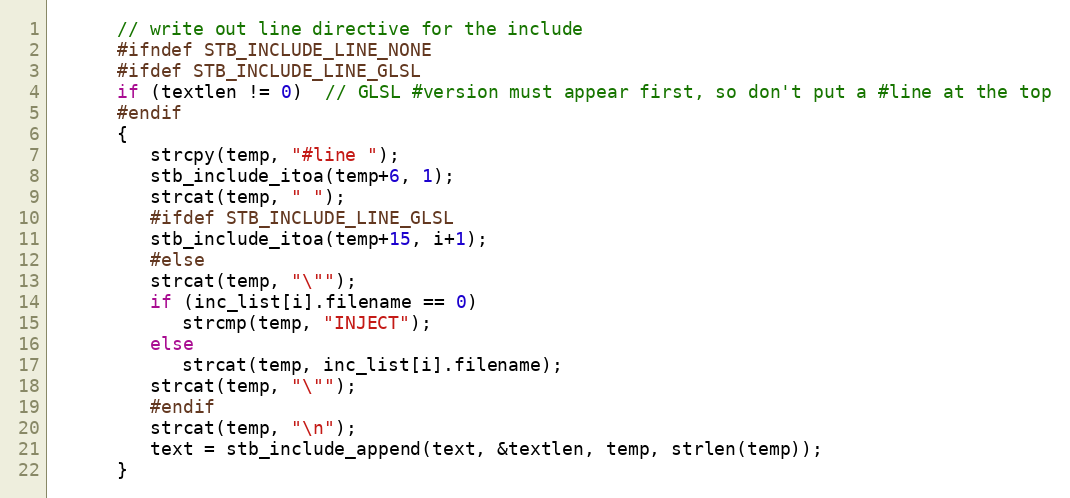
Language: C
      // write out line directive for the include
      #ifndef STB_INCLUDE_LINE_NONE
      #ifdef STB_INCLUDE_LINE_GLSL
      if (textlen != 0)  // GLSL #version must appear first, so don't put a #line at the top
      #endif
      {
         strcpy(temp, "#line ");
         stb_include_itoa(temp+6, 1);
         strcat(temp, " ");
         #ifdef STB_INCLUDE_LINE_GLSL
         stb_include_itoa(temp+15, i+1);
         #else
         strcat(temp, "\"");
         if (inc_list[i].filename == 0)
            strcmp(temp, "INJECT");
         else
            strcat(temp, inc_list[i].filename);
         strcat(temp, "\"");
         #endif
         strcat(temp, "\n");
         text = stb_include_append(text, &textlen, temp, strlen(temp));
      }